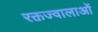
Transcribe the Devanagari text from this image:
रक्तज्वालाओं